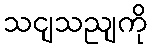
သငျသညျကို